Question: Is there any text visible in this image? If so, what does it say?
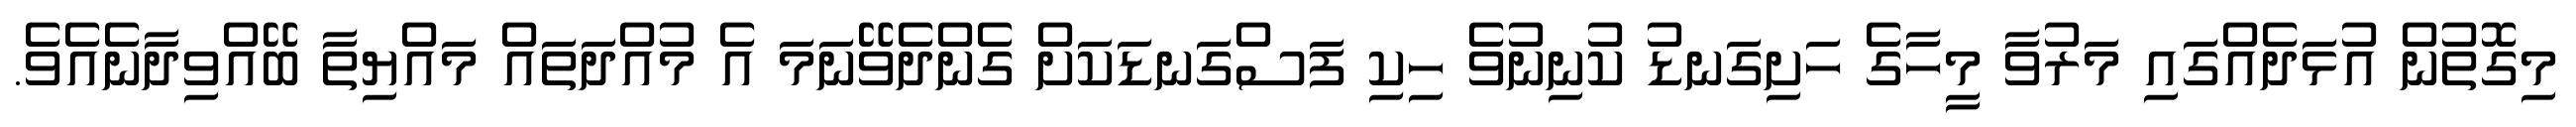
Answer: މިގޮތުން އުޅަދެއްގައި މަރުވާ މީހާގެ ހަށިގަނޑު ކުނިނުވެ ހިކި ފަސްގަނޑަކަށް ގެންދެވޭނަމަ އެ މުއްދަތައް މައްޔިތާ ބޭއްވިދާނެއެވެ.